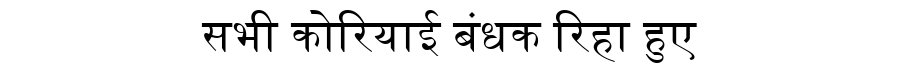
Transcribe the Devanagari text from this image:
सभी कोरियाई बंधक रिहा हुए